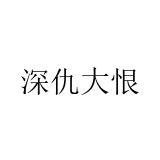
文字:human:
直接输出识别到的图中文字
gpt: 深仇大恨